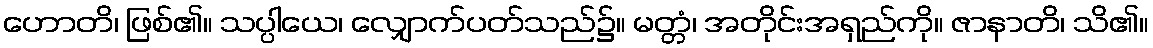
ဟောတိ၊ ဖြစ်၏။ သပ္ပါယေ၊ လျှောက်ပတ်သည်၌။ မတ္တံ၊ အတိုင်းအရှည်ကို။ ဇာနာတိ၊ သိ၏။